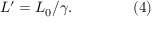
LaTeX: L ^ { \prime } = L _ { 0 } / \gamma . \qquad \qquad { \mathrm { ( 4 ) } }